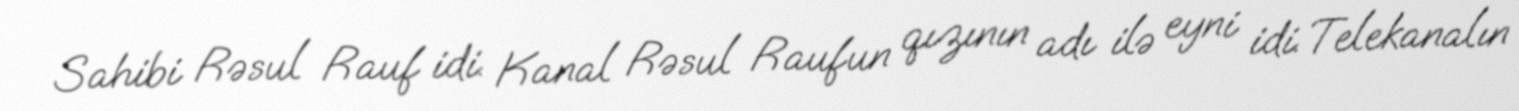
Sahibi Rəsul Rauf idi. Kanal Rəsul Raufun qızının adı ilə eyni idi. Telekanalın